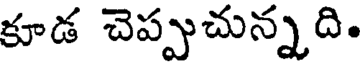
కూడ చెప్పుచున్నది.